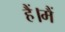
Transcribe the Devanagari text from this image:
हैं।मैं